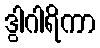
ဒွါဂါရိကာ